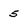
Character: 5